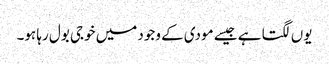
یوں لگتا ہے جیسے مودی کے وجود میں خوجی بول رہا ہو۔